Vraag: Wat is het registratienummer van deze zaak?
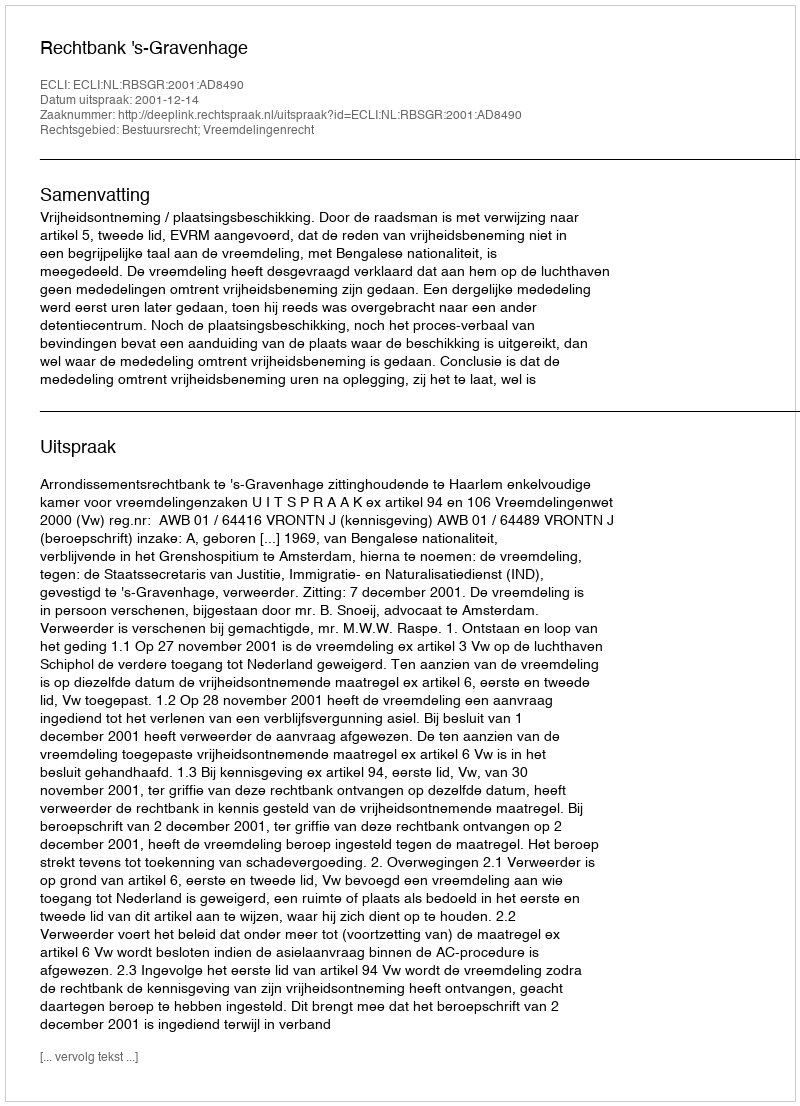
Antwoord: http://deeplink.rechtspraak.nl/uitspraak?id=ECLI:NL:RBSGR:2001:AD8490